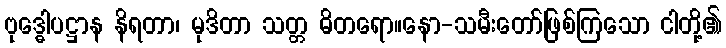
ဗုဒ္ဓေါပဋ္ဌာန နိရတာ၊ မုဒိတာ သတ္တ ဓိတရော။နော-သမီးတော်ဖြစ်ကြသော ငါတို့၏